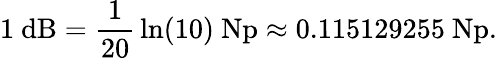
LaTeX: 1\ \mathrm{dB}={\frac{1}{20}}\ln(10)\ \mathrm{Np}\approx{\mathrm{0.115129255~Np}}.